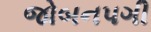
જોબનપગી